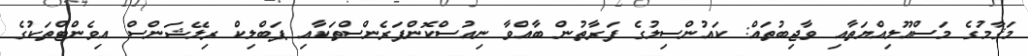
މަޤާމުގެ މަސްއޫލިއްޔަތާއި ވާޖިބުތައް: ކައުންސިލުގެ ފަރާތުން ބާއްވާ ނިއުސްކޮންފަރެންސްތަކާއި ޕަބްލިކް ރިލޭޝަންސް އިވެންޓްތަކުގެ